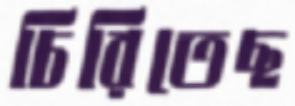
চিরিতেছ